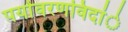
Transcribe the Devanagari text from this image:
पर्यावरणविदांे